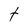
Character: t